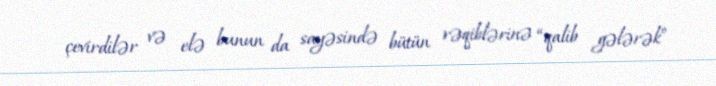
çevirdilər və elə bunun da sayəsində bütün rəqiblərinə “qalib gələrək”